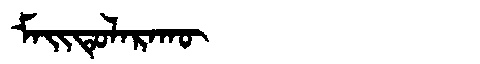
Manchu: ᠮᠠᡳᡨᡠᠯᠠᡵᠠᡴᡡ
Romanization: MAITULARAKŪ